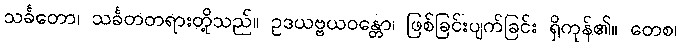
သင်္ခတော၊ သင်္ခတတရားတို့သည်။ ဥဒယဗ္ဗယဝန္တော၊ ဖြစ်ခြင်းပျက်ခြင်း ရှိကုန်၏။ တေစ၊